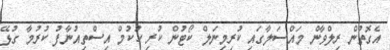
އެގޮތުން ރިލްވާން މައްސަލާގައި ކުރިމިނަލް ކޯޓުން ކުރި ހުކުމް އިސްތިއުނާފު ކުރުމާ ގުޅޭ